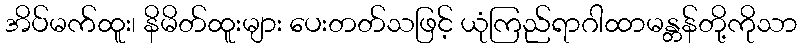
အိပ်မက်ထူး၊ နိမိတ်ထူးများ ပေးတတ်သဖြင့် ယုံကြည်ရာဂါထာမန္တန်တို့ကိုသာ